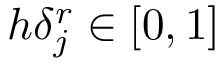
h \delta _ { j } ^ { r } \in [ 0 , 1 ]